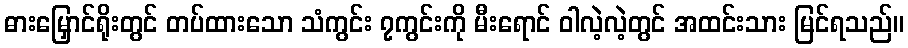
ဓားမြှောင်ရိုးတွင် တပ်ထားသော သံကွင်း ၇ကွင်းကို မီးရောင် ဝါလဲ့လဲ့တွင် အထင်းသား မြင်ရသည်။